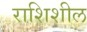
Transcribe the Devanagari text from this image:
राशिशील